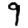
Digit: 9